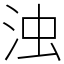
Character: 浊